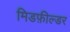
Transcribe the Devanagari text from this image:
मिडफ़ील्डर